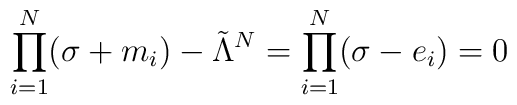
\prod_{i=1}^{N}(\sigma+m_{i})-\tilde{\Lambda}^{N}=\prod_{i=1}^{N}(\sigma-e_{i})=0